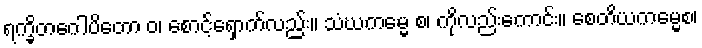
ရက္ခိတဂေါပိတော ဝ၊ စောင့်ရှောက်လည်း။ သံဃကမ္မေ စ၊ ကိုလည်းကောင်း။ စေတိယကမ္မေစ၊